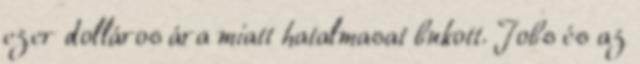
ezer dolláros ára miatt hatalmasat bukott. Jobs és az